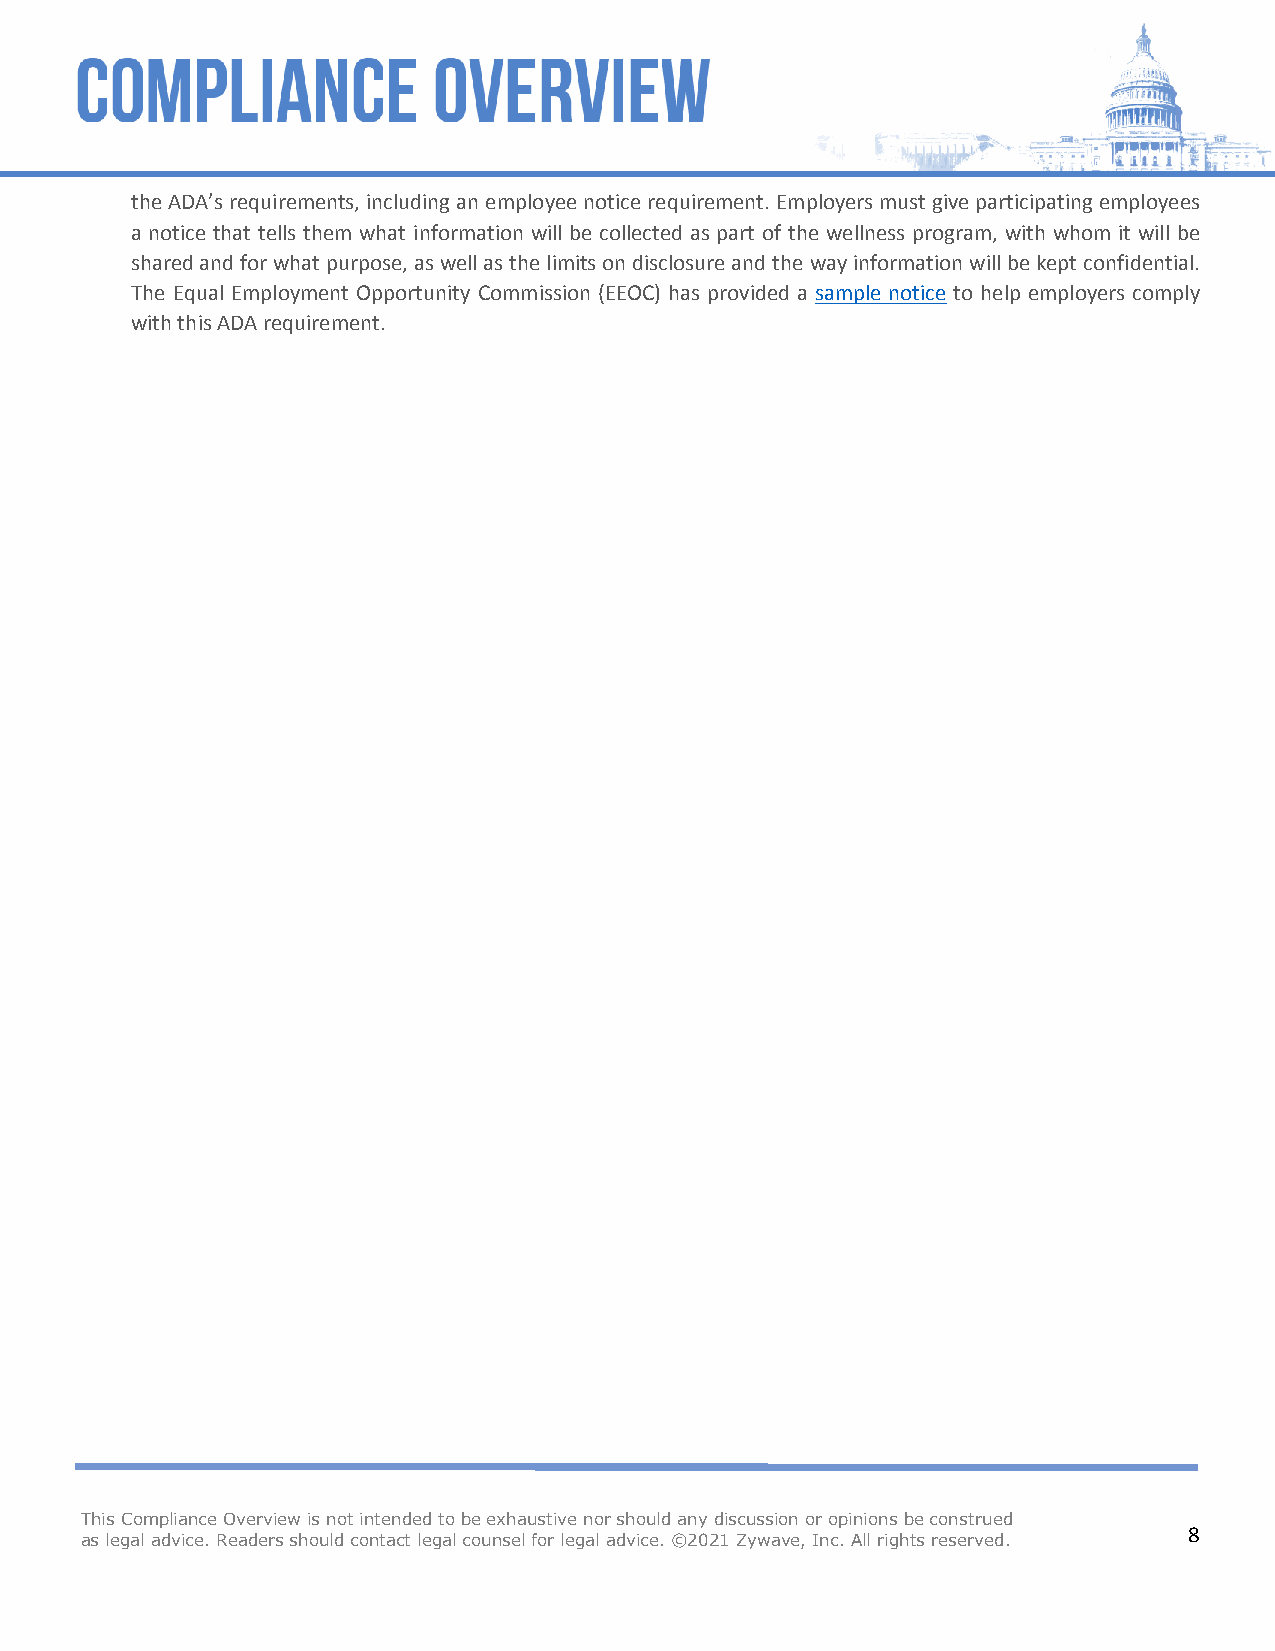
the ADA’s requirements, including an employee notice requirement. Employers must give participating employees
 a notice that tells them what information will be collected as part of the wellness program, with whom it will be
 shared and for what purpose, as well as the limits on disclosure and the way information will be kept confidential.
 The Equal Employment Opportunity Commission (EEOC) has provided a sample notice to help employers comply
 with this ADA requirement.
 This Compliance Overview is not intended to be exhaustive nor should any discussion or opinions be construed
 8
 as legal advice. Readers should contact legal counsel for legal advice. ©2021 Zywave, Inc. All rights reserved.